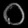
Digit: ၀